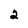
Character: 2